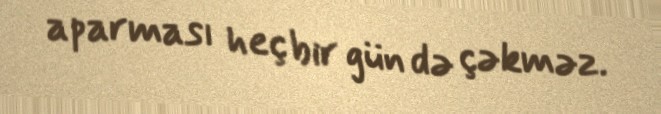
aparması heç bir gün də çəkməz.